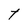
Character: t